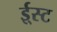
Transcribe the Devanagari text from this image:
ई्स्ट